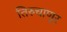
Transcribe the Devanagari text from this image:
तिरुचाणूर